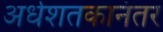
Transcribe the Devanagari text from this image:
अर्धशतकानंतर